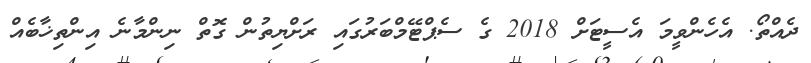
ދެއްތޯ. އެހެންވީމަ އެސީޓަށް 2018 ގެ ސެޕްޓޭމްބަރުގައި ރަށްޔިތުން ގޮތް ނިންމާނެ އިންތިޚާބެއް